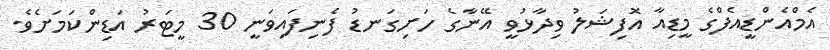
އެމްއެންޑީއެފްގެ މީޑިއާ އޮފިޝަލު ވިދާޅުވީ އޭނާގެ ހަށިގަނޑު ފެނިފައިވަނީ 30 މީޓަރު އަޑިންކަމަށެވެ.